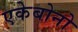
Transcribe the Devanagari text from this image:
एकेबोनो